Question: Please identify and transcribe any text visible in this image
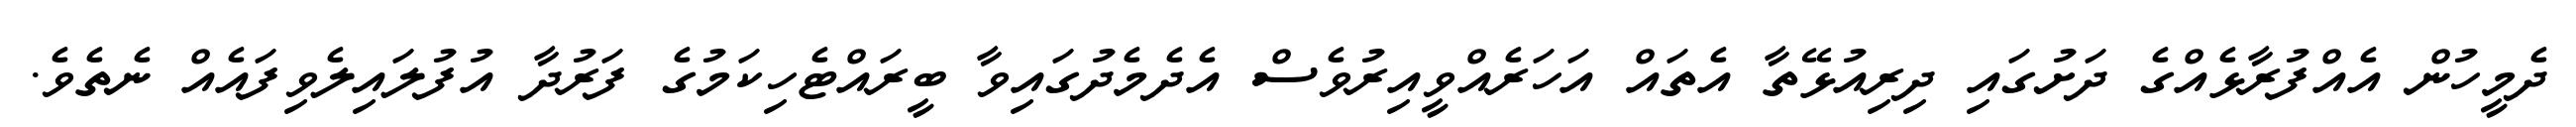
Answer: ދެމީހުން އެއްފުރާޅެއްގެ ދަށުގައި ދިރިއުޅޭތާ އެތައް އަހަރެއްވީއިރުވެސް އެދެމެދުގައިވާ ބީރައްޓެހިކަމުގެ ފަރުދާ އުފުލައިލެވިފައެއް ނެތެވެ.